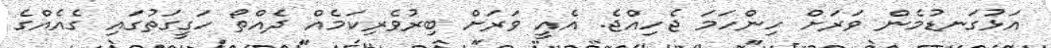
އަޅުގަނޑުމެން ވަރަށް ހިންހަމަ ޖެހިއްޖެ. އެއީ ވަރަށް ބިރުވެރިކަމެއް ދެއްތޯ ހަގީގަތުގައި ގެއެއްގެ